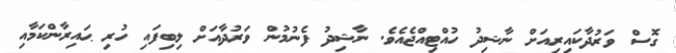
ގޮސް ވަރުދާކައިރިއަށް ނާޝިދު ހުއްޓިއްޖެއެވެ. ނާޝިދު ފެނުމުން ވަރުދާއަށް ލިބިފައި ހުރި ޙައިރާންކަމާއި